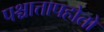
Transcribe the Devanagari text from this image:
पश्चात्तापहोतो